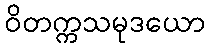
ဝိတက္ကသမုဒယော